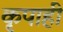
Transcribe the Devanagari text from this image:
कृपाही